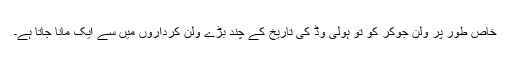
خاص طور پر ولن جوکر کو تو ہولی وڈ کی تاریخ کے چند بڑے ولن کرداروں میں سے ایک مانا جاتا ہے۔